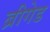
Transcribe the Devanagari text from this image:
ब्रीगेड